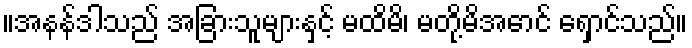
။အနန်ဒါသည် အခြားသူများနှင့် မထိမိ၊ မတို့မိအောင် ရှောင်သည်။